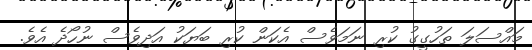
މައްސަލަ ތަހުގީގު ކުރި ނަމަވެސް އެކަން ކުރި ބަޔަކު އަދިވެސް ނުހޯދެ އެވެ.